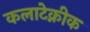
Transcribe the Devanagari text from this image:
कलाटेक्नीक